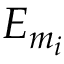
E _ { m _ { i } }